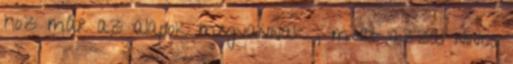
hoz már az alapok megvannak , mert azzal nincs